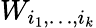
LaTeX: W_{i_{1},\dots,i_{k}}